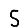
Digit: 5